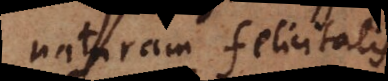
naturam felicitatis